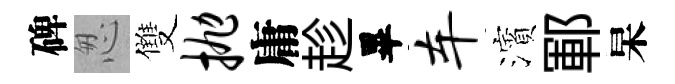
碑怱雙抛庸趁畢车濱鄆杲